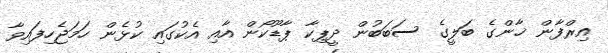
އިރްފާން ޚާންގެ ބަލީގެ ސަބަބުން ދީޕިކާ ޕާޑޫކޯން އާއި އެކުގައި ކުޅެން ހަމަޖެހިފައިވާ